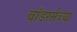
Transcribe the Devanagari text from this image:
वाँडरर्सच्या